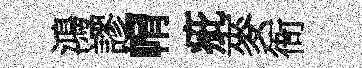
鴻謬㡌疵麥衙